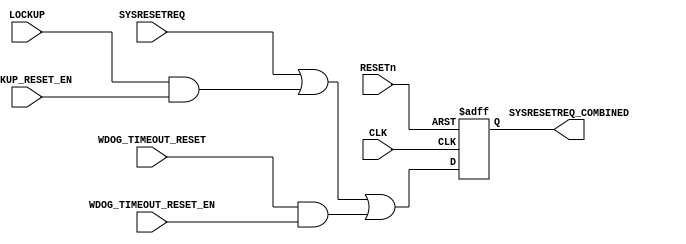
//-----------------------------------------------------------------------------
// Verilog 2001 (IEEE Std 1364-2001)
//-----------------------------------------------------------------------------
// Purpose: System Reset Request Generator
//------------------------------------------------------------------------------
//
//------------------------------------------------------------------------------
module AhaSysResetReqGen (
  // Clock and Reset
  input   wire          CLK,
  input   wire          RESETn,

  // Input Requests
  input   wire          SYSRESETREQ,
  input   wire          LOCKUP,
  input   wire          LOCKUP_RESET_EN,
  input   wire          WDOG_TIMEOUT_RESET,
  input   wire          WDOG_TIMEOUT_RESET_EN,

  // Combined System Reset Request
  output  wire          SYSRESETREQ_COMBINED
);

  reg rst_r;

  // Combine reset requests
  wire  rst_req = (SYSRESETREQ)   |
                  (LOCKUP & LOCKUP_RESET_EN) |
                  (WDOG_TIMEOUT_RESET & WDOG_TIMEOUT_RESET_EN);

  always @(posedge CLK or negedge RESETn) begin
    if(~RESETn) rst_r   <= 1'b0;
    else rst_r  <= rst_req;
  end

  assign SYSRESETREQ_COMBINED = rst_r;

endmodule